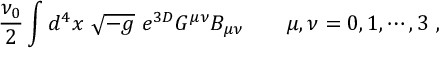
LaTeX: \frac { \nu _ { 0 } } { 2 } \int d ^ { 4 } x \ \sqrt { - g } \ e ^ { 3 D } G ^ { \mu \nu } B _ { \mu \nu } { } ~ ~ ~ ~ ~ \ \mu , \nu = 0 , 1 , \cdots , 3 \ ,